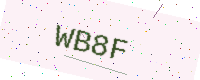
Text: WB8F